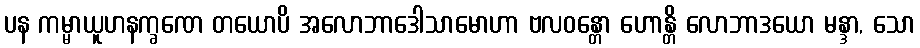
ပန ကမ္မာယူဟနက္ခဏေ တယောပိ အလောဘာဒေါသာမောဟာ ဗလဝန္တော ဟောန္တိ လောဘာဒယော မန္ဒာ, သော